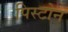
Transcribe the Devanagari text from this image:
पिस्टोन